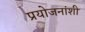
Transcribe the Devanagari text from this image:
प्रयोजनांशी